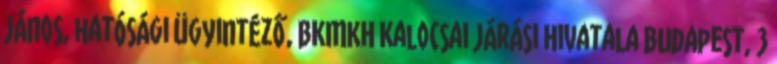
János, hatósági ügyintéző, BKMKH Kalocsai Járási Hivatala Budapest, 3